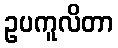
ဥပကူလိတာ